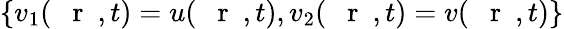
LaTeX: \{ v_{1}(\mathrm{~{~\mathbf~r~}~},t)=u(\mathrm{~{~\mathbf~r~}~},t),v_{2}(\mathrm{~{~\mathbf~r~}~},t)=v(\mathrm{~{~\mathbf~r~}~},t)\}